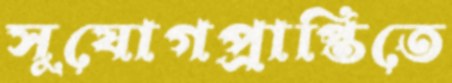
সুযোগপ্রাপ্তিতে